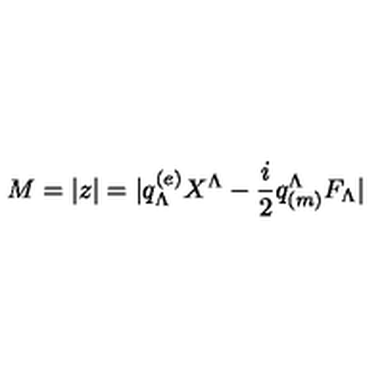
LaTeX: M = | z | = | q _ { \Lambda } ^ { ( e ) } X ^ { \Lambda } - { \frac { i } { 2 } } q _ { ( m ) } ^ { \Lambda } F _ { \Lambda } |